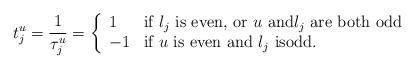
LaTeX: \begin{align*}t_j^u=\frac1{\tau_j^u}=\left\{\begin{array}{ll}1 & \textrm{if} \ l_j \ \textrm{is even, or} \ u \ \textrm{and} \l_j\ \textrm{are both odd} \\-1 & \textrm{if} \ u \ \textrm{is even and} \ l_j \ \textrm{isodd}.\end{array} \right.\end{align*}